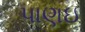
પાણઇ